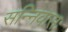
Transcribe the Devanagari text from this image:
सन्निवासः